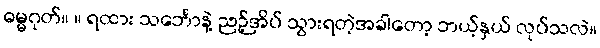
ဓမ္မဂုတ်။ ။ ရထား သင်္ဘောနဲ့ ညဉ့်အိပ် သွားရတဲ့အခါတော့ ဘယ့်နှယ် လုပ်သလဲ။